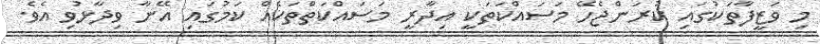
މި ވަޒީފާތަކުގައި ކުރަންޖެހޭ މަސައްކަތަކީ އިދާރީ މަސައްކަތްތަކެއް ކަމުގައި އޭނާ ވިދާޅުވި އެވެ.